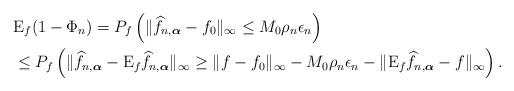
LaTeX: \begin{align*}&\mathrm{E}_f(1-\Phi_n)=P_f\left(\|\widehat{f}_{n,\boldsymbol{\alpha}}-f_0\|_\infty\leq M_0\rho_n\epsilon_n\right)\\&\leq P_f\left(\|\widehat{f}_{n,\boldsymbol{\alpha}}-\mathrm{E}_f\widehat{f}_{n,\boldsymbol{\alpha}}\|_\infty\geq\|f-f_0\|_\infty-M_0\rho_n\epsilon_n-\|\mathrm{E}_f\widehat{f}_{n,\boldsymbol{\alpha}}-f\|_\infty\right).\end{align*}